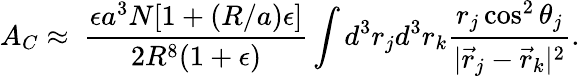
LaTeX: A_{C}\approx\ \frac{\epsilon a^{3}N[1+(R/a)\epsilon]}{2R^{8}(1+\epsilon)}\int d^{3}r_{j}d^{3}r_{k}\frac{r_{j}\cos^{2}\theta_{j}}{|\vec{r}_{j}-\vec{r}_{k}|^{2}}.